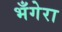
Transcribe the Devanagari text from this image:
भँगेरा